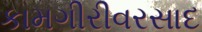
કામગીરીવરસાદ